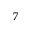
7